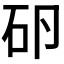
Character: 𰦤